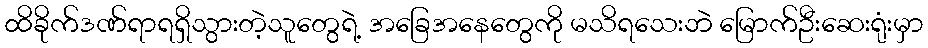
ထိခိုက်ဒဏ်ရာရရှိသွားတဲ့သူတွေရဲ့ အခြေအနေတွေကို မသိရသေးဘဲ မြောက်ဦးဆေးရုံးမှာ